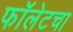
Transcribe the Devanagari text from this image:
फॉलेटचा